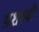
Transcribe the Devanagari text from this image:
य़शस्वी